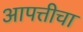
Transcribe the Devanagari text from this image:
आपत्तीचा